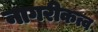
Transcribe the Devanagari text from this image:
नागरीकत्व